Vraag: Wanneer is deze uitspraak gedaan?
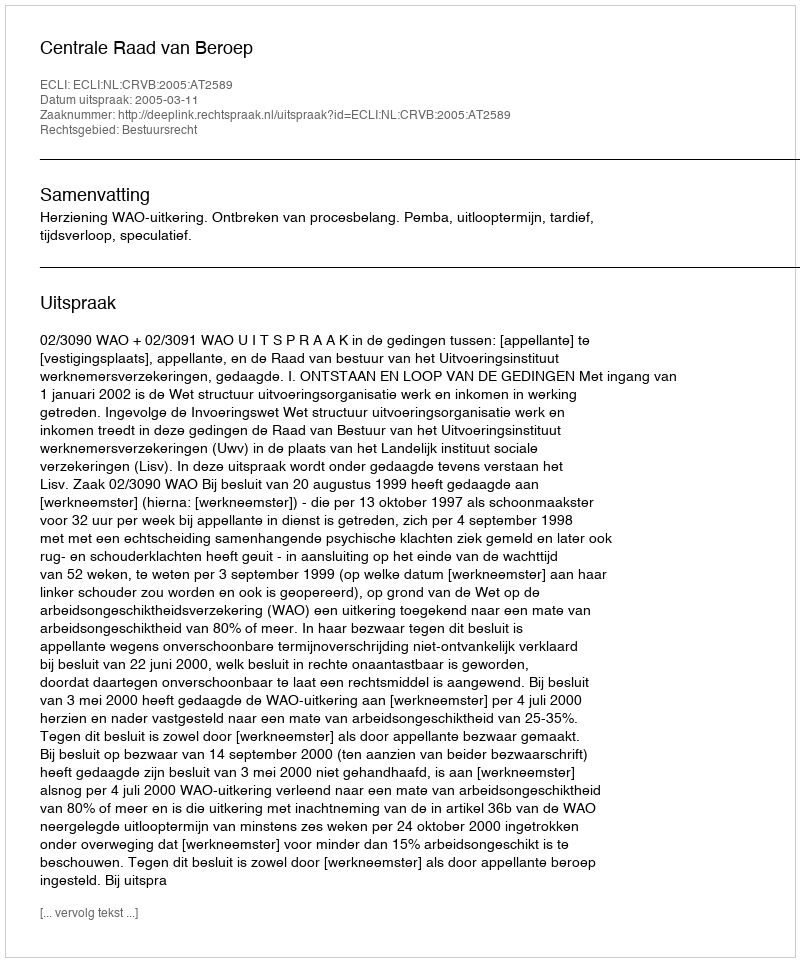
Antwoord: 2005-03-11